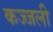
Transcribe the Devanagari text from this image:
कज्‍जली